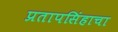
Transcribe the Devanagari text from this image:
प्रतापसिंहाचा